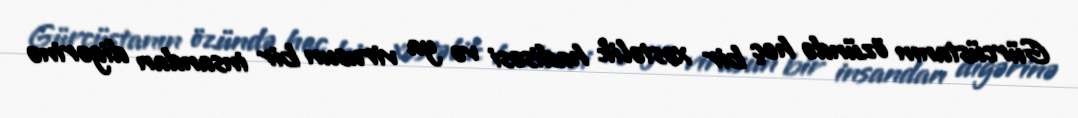
Gürcüstanın özündə heç bir xəstəlik hadisəsi və ya virusun bir insandan digərinə